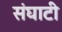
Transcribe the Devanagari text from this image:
संघाटी